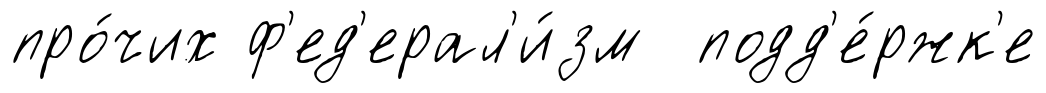
про́чих ф'ед'ерал'и́зм подд'е́ржк'е